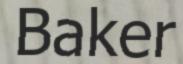
Baker